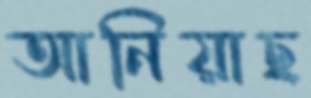
আনিয়াছ